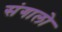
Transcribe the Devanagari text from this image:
संगालो